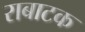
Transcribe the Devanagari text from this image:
राबाटक